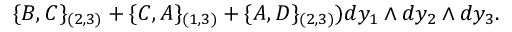
\{ B , C \} _ { ( 2 , 3 ) } + \{ C , A \} _ { ( 1 , 3 ) } + \{ A , D \} _ { ( 2 , 3 ) } ) d y _ { 1 } \wedge d y _ { 2 } \wedge d y _ { 3 } .